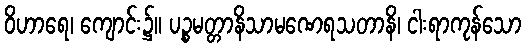
ဝိဟာရေ၊ ကျောင်း၌။ ပဉ္စမတ္တာနိသာမဏေရသတာနိ၊ ငါးရာကုန်သော